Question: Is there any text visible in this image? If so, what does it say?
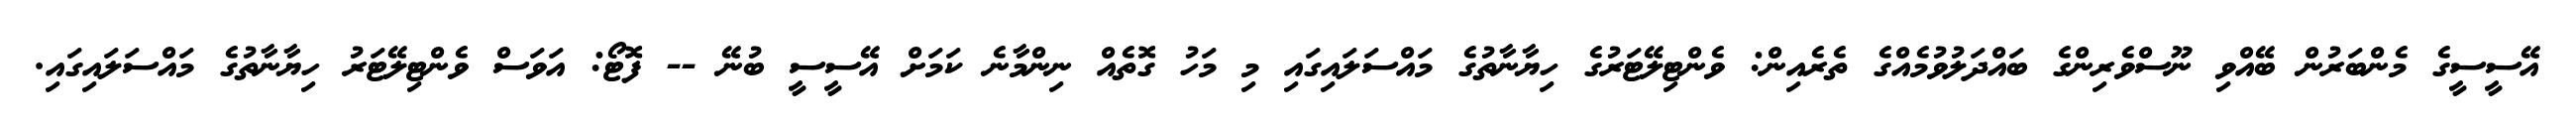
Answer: އޭސީސީގެ މެންބަރުން ބޭއްވި ނޫސްވެރިންގެ ބައްދަލުވުމެއްގެ ތެރެއިން: ވެންޓިލޭޓަރުގެ ހިޔާނާތުގެ މައްސަލައިގައި މި މަހު ގޮތެއް ނިންމާނެ ކަމަށް އޭސީސީ ބުނޭ -- ފޮޓޯ: އަވަސް ވެންޓިލޭޓަރު ހިޔާނާތުގެ މައްސަލައިގައި.